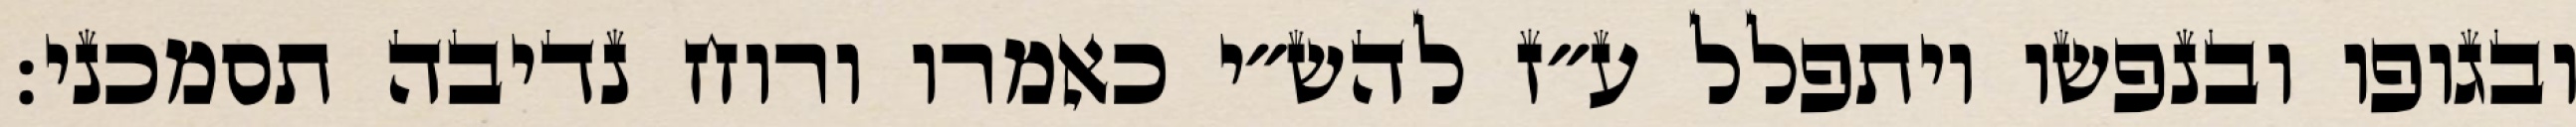
ובגופו ובנפשו ויתפלל ע״ז להש״י כאמרו ורוח נדיבה תסמכני: